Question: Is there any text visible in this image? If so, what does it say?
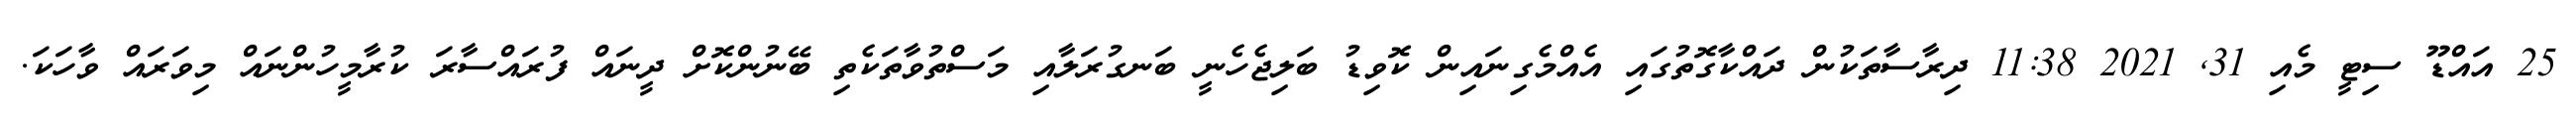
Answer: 25 އައްޑޫ ސިޓީ މެއި 31, 2021 11:38 ދިރާސާތަކުން ދައްކާގޮތުގައި އެއްމެގިނައިން ކޮވިޑު ބަލިޖެހެނީ ބަނގުރަލާއި މަސްތުވާތަކެތި ބޭނުންކޮށް ދީނައް ފުރައްސާރަ ކުރާމީހުންނައް މިވަރައް ވާހަކަ.